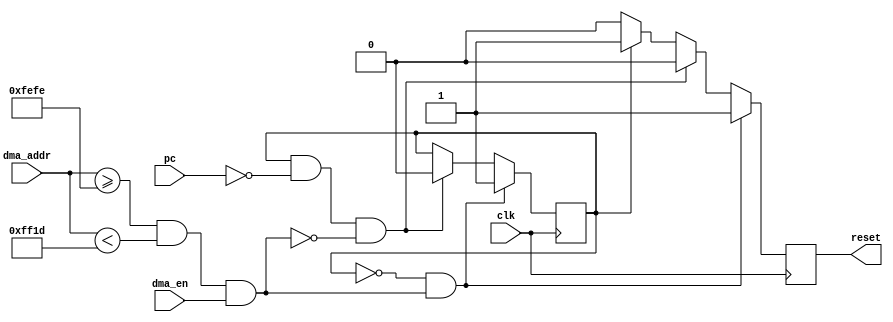

module  dma_AC (
    clk,
    pc,
    dma_addr,
    dma_en,

    reset,
);

input           clk;
input   [15:0]  pc;
input   [15:0]  dma_addr;
input           dma_en;
output          reset;

// MACROS ///////////////////////////////////////////
//parameter SMEM_BASE = 16'hE000;
//parameter SMEM_SIZE = 16'h1000;
//
parameter KMEM_BASE = 16'hFEFE;
parameter KMEM_SIZE = 16'h001F;
/////////////////////////////////////////////////////



//parameter LAST_SMEM_ADDR = SMEM_BASE + SMEM_SIZE - 2;

parameter RESET_HANDLER = 16'h0000;
parameter RUN  = 1'b0, KILL = 1'b1;
//-------------Internal Variables---------------------------
reg             state;
reg             key_res;
//

initial
    begin
        state = KILL;
        key_res = 1'b1;
    end

wire invalid_access_key = (dma_addr >= KMEM_BASE && dma_addr < KMEM_BASE + KMEM_SIZE) && dma_en;

always @(posedge clk)
if( state == RUN && invalid_access_key) 
    state <= KILL;
else if (state == KILL && pc == RESET_HANDLER && !invalid_access_key)
    state <= RUN;
else state <= state;

always @(posedge clk)
if (state == RUN && invalid_access_key)
    key_res <= 1'b1;
else if (state == KILL && pc == RESET_HANDLER && !invalid_access_key)
    key_res <= 1'b0;
else if (state == KILL)
    key_res <= 1'b1;
else if (state == RUN)
    key_res <= 1'b0;
else key_res <= 1'b0;

assign reset = key_res;

endmodule